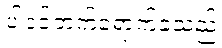
ပါဝင်တက်ရောက်ခဲ့သည်